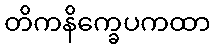
တိကနိက္ခေပကထာ